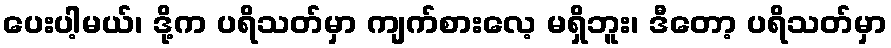
ပေးပါ့မယ်၊ ဒို့က ပရိသတ်မှာ ကျက်စားလေ့ မရှိဘူး၊ ဒီတော့ ပရိသတ်မှာ